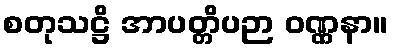
စတုသဋ္ဌိ အာပတ္တိပဉာ ဝဏ္ဏနာ။